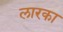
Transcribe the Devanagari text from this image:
लारका